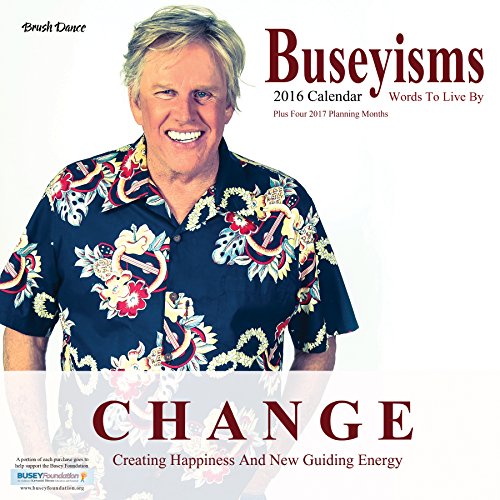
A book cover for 2016 Buseyisms Wall Calendar; Brush Dance and Gary Busey; Calendars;